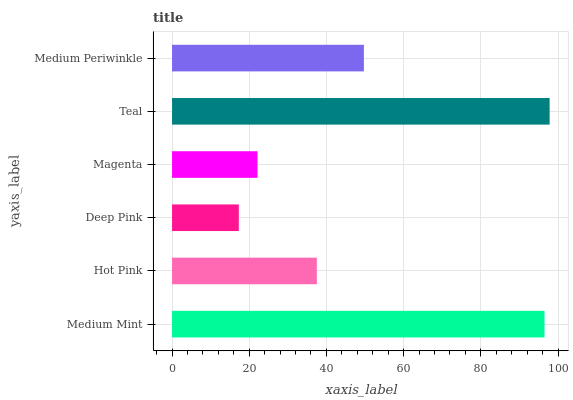
| yaxis_label | bars |
 | --- | --- |
 | Medium Mint | 96.5 |
 | Hot Pink | 37.5 |
 | Deep Pink | 17.3 |
 | Magenta | 22.1 |
 | Teal | 97.8 |
 | Medium Periwinkle | 49.7 |